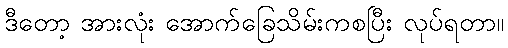
ဒီတော့ အားလုံး အောက်ခြေသိမ်းကစပြီး လုပ်ရတာ။